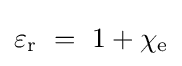
\varepsilon _{\text{r}}\ =\ 1+\chi _{\text{e}}